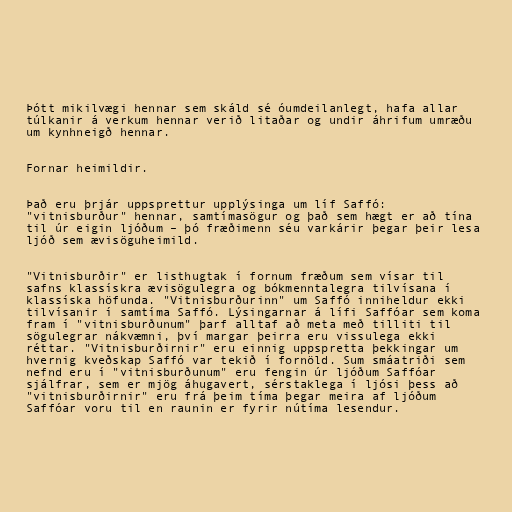
Þótt mikilvægi hennar sem skáld sé óumdeilanlegt, hafa allar
túlkanir á verkum hennar verið litaðar og undir áhrifum umræðu
um kynhneigð hennar.

Fornar heimildir.

Það eru þrjár uppsprettur upplýsinga um líf Saffó:
"vitnisburður" hennar, samtímasögur og það sem hægt er að tína
til úr eigin ljóðum – þó fræðimenn séu varkárir þegar þeir lesa
ljóð sem ævisöguheimild.

"Vitnisburðir" er listhugtak í fornum fræðum sem vísar til
safns klassískra ævisögulegra og bókmenntalegra tilvísana í
klassíska höfunda. "Vitnisburðurinn" um Saffó inniheldur ekki
tilvísanir í samtíma Saffó. Lýsingarnar á lífi Saffóar sem koma
fram í "vitnisburðunum" þarf alltaf að meta með tilliti til
sögulegrar nákvæmni, því margar þeirra eru vissulega ekki
réttar. "Vitnisburðirnir" eru einnig uppspretta þekkingar um
hvernig kveðskap Saffó var tekið í fornöld. Sum smáatriði sem
nefnd eru í "vitnisburðunum" eru fengin úr ljóðum Saffóar
sjálfrar, sem er mjög áhugavert, sérstaklega í ljósi þess að
"vitnisburðirnir" eru frá þeim tíma þegar meira af ljóðum
Saffóar voru til en raunin er fyrir nútíma lesendur.